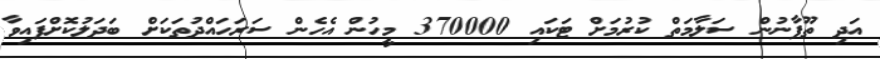
އަދި ތޫފާނުން ސަލާމަތް ކުރުމަށް ޓަކައި 370000 މީހުން އެހެން ސަރަހައްދުތަކަށް ބަދަލުކޮށްފައިވާ